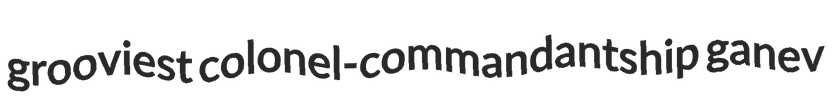
grooviest colonel-commandantship ganev